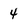
Character: 4